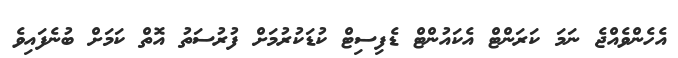
އެހެންވެއްޖެ ނަމަ ކަރަންޓް އެކައުންޓް ޑެފިސިޓް ކުޑަކުރުމަށް ފުރުސަތު އޮތް ކަމަށް ބުނެފައިވެ